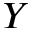
Y